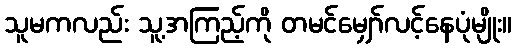
သူမကလည်း သူ့အကြည့်ကို တမင်မျှော်လင့်နေပုံမျိုး။